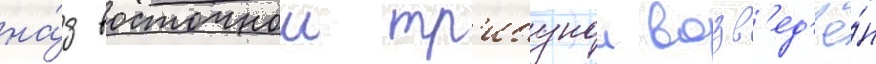
на́д восточнои тр'ибунои возв'ед'ё́н